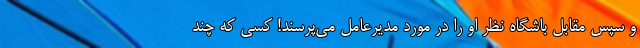
و سپس مقابل باشگاه نظر او را در مورد مدیرعامل می‌پرسند! کسی که چند